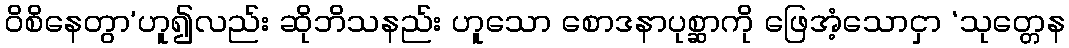
ဝိစိနေတွာ’ဟူ၍လည်း ဆိုဘိသနည်း ဟူသော စောဒနာပုစ္ဆာကို ဖြေအံ့သောငှာ ‘သုတ္တေန